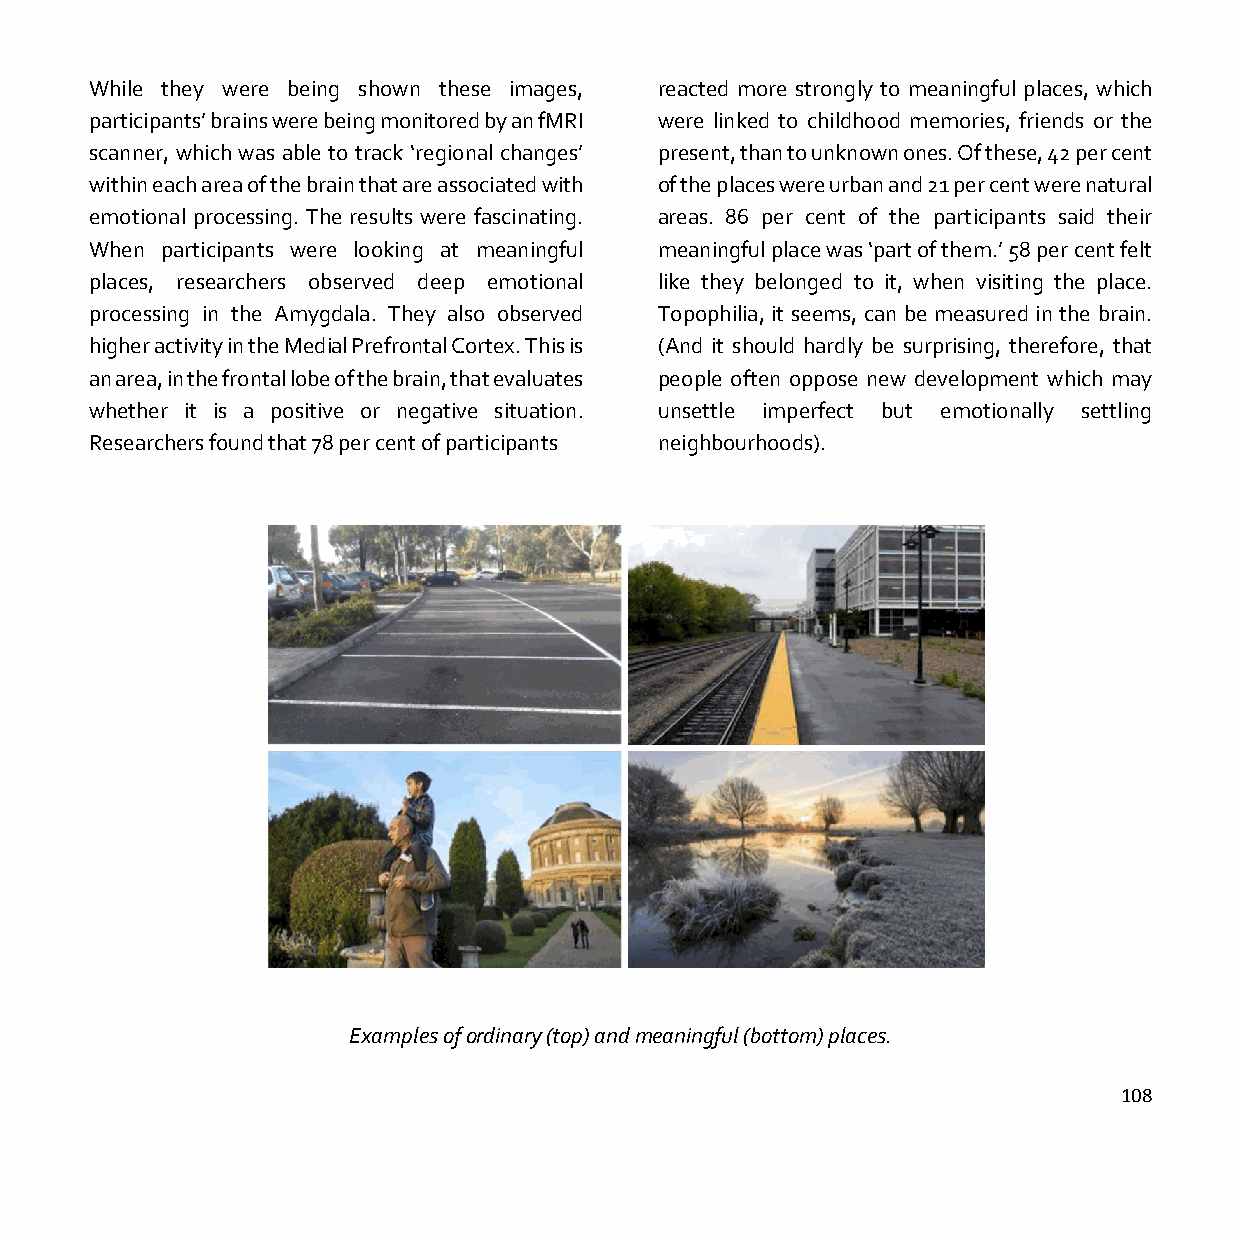
While they were being shown these images, reacted more strongly to meaningful places, which
 participants’ brains were being monitored by an fMRI were linked to childhood memories, friends or the
 scanner, which was able to track ‘regional changes’ present, than to unknown ones. Of these, 42 per cent
 within each area of the brain that are associated with of the places were urban and 21 per cent were natural
 emotional processing. The results were fascinating. areas. 86 per cent of the participants said their
 When participants were looking at meaningful meaningful place was ‘part of them.’ 58 per cent felt
 places, researchers observed deep emotional like they belonged to it, when visiting the place.
 processing in the Amygdala. They also observed Topophilia, it seems, can be measured in the brain.
 higher activity in the Medial Prefrontal Cortex. This is (And it should hardly be surprising, therefore, that
 an area, in the frontal lobe of the brain, that evaluates people often oppose new development which may
 whether it is a positive or negative situation. unsettle imperfect but emotionally settling
 Researchers found that 78 per cent of participants neighbourhoods).
 Examples of ordinary (top) and meaningful (bottom) places.
 108